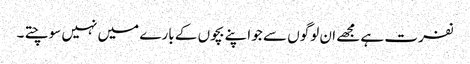
نفرت ہے مجھے ان لوگوں سے جو اپنے بچوں کے بارے میں نہیں سوچتے ۔